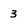
Character: 3